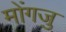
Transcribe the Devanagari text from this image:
मोंगजु